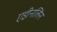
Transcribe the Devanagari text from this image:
एड्रीनलिन